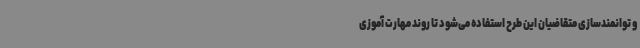
و توانمندسازی متقاضیان این طرح استفاده می‌شود تا روند مهارت آموزی